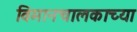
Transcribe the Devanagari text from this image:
विमानचालकाच्या